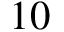
1 0